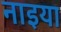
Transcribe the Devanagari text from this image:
नाइया